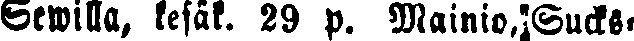
Sewilla, kesäk. 29 p. Mainio, Sucks-